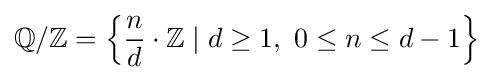
\mathbb {Q} /\mathbb {Z} =\left\lbrace {\frac {n}{d}}\cdot \mathbb {Z} \mid d\geq 1,\ 0\leq n\leq d-1\right\rbrace